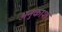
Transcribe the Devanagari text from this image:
अनुकाश